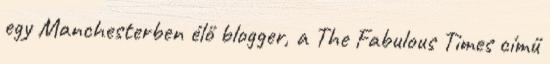
egy Manchesterben élő blogger, a The Fabulous Times című